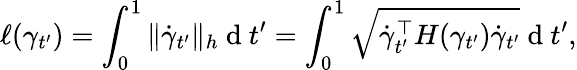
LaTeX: \ell(\gamma_{t^{\prime}})=\int_{0}^{1}\| \dot{\gamma}_{t^{\prime}}\| _{h}\mathrm{~d~}t^{\prime}=\int_{0}^{1}\sqrt{\dot{\gamma}_{t^{\prime}}^{\top}H(\gamma_{t^{\prime}})\dot{\gamma}_{t^{\prime}}}\mathrm{~d~}t^{\prime},